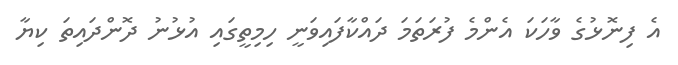
އެ ފިނޮޅުގެ ވާހަކަ އެންމެ ފުރަތަމަ ދައްކާފައިވަނީ ހިމިތީގައި އުޅުނު ދޮންދައިތަ ކިޔާ